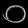
Digit: ၀